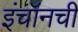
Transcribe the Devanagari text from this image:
इंचॉनची